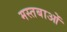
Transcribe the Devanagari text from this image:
मस्तबाओं